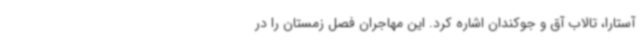
آستارا، تالاب آق و جوکندان اشاره کرد. این مهاجران فصل زمستان را در